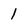
Character: 1